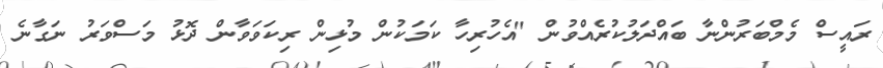
ރައީސް މެމްބަރުންނާ ބައްދަލުކުރެއްވުން "އެހުރިހާ ކަމަކުން މުޅިން ރިކަވަވާން ދޮޅު މަސްވަރު ނަގާނެ